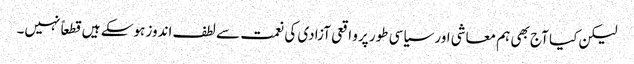
لیکن کیا آج بھی ہم معاشی اور سیاسی طور پرو اقعی آزادی کی نعمت سے لطف اندوز ہوسکے ہیں قطعاً نہیں۔